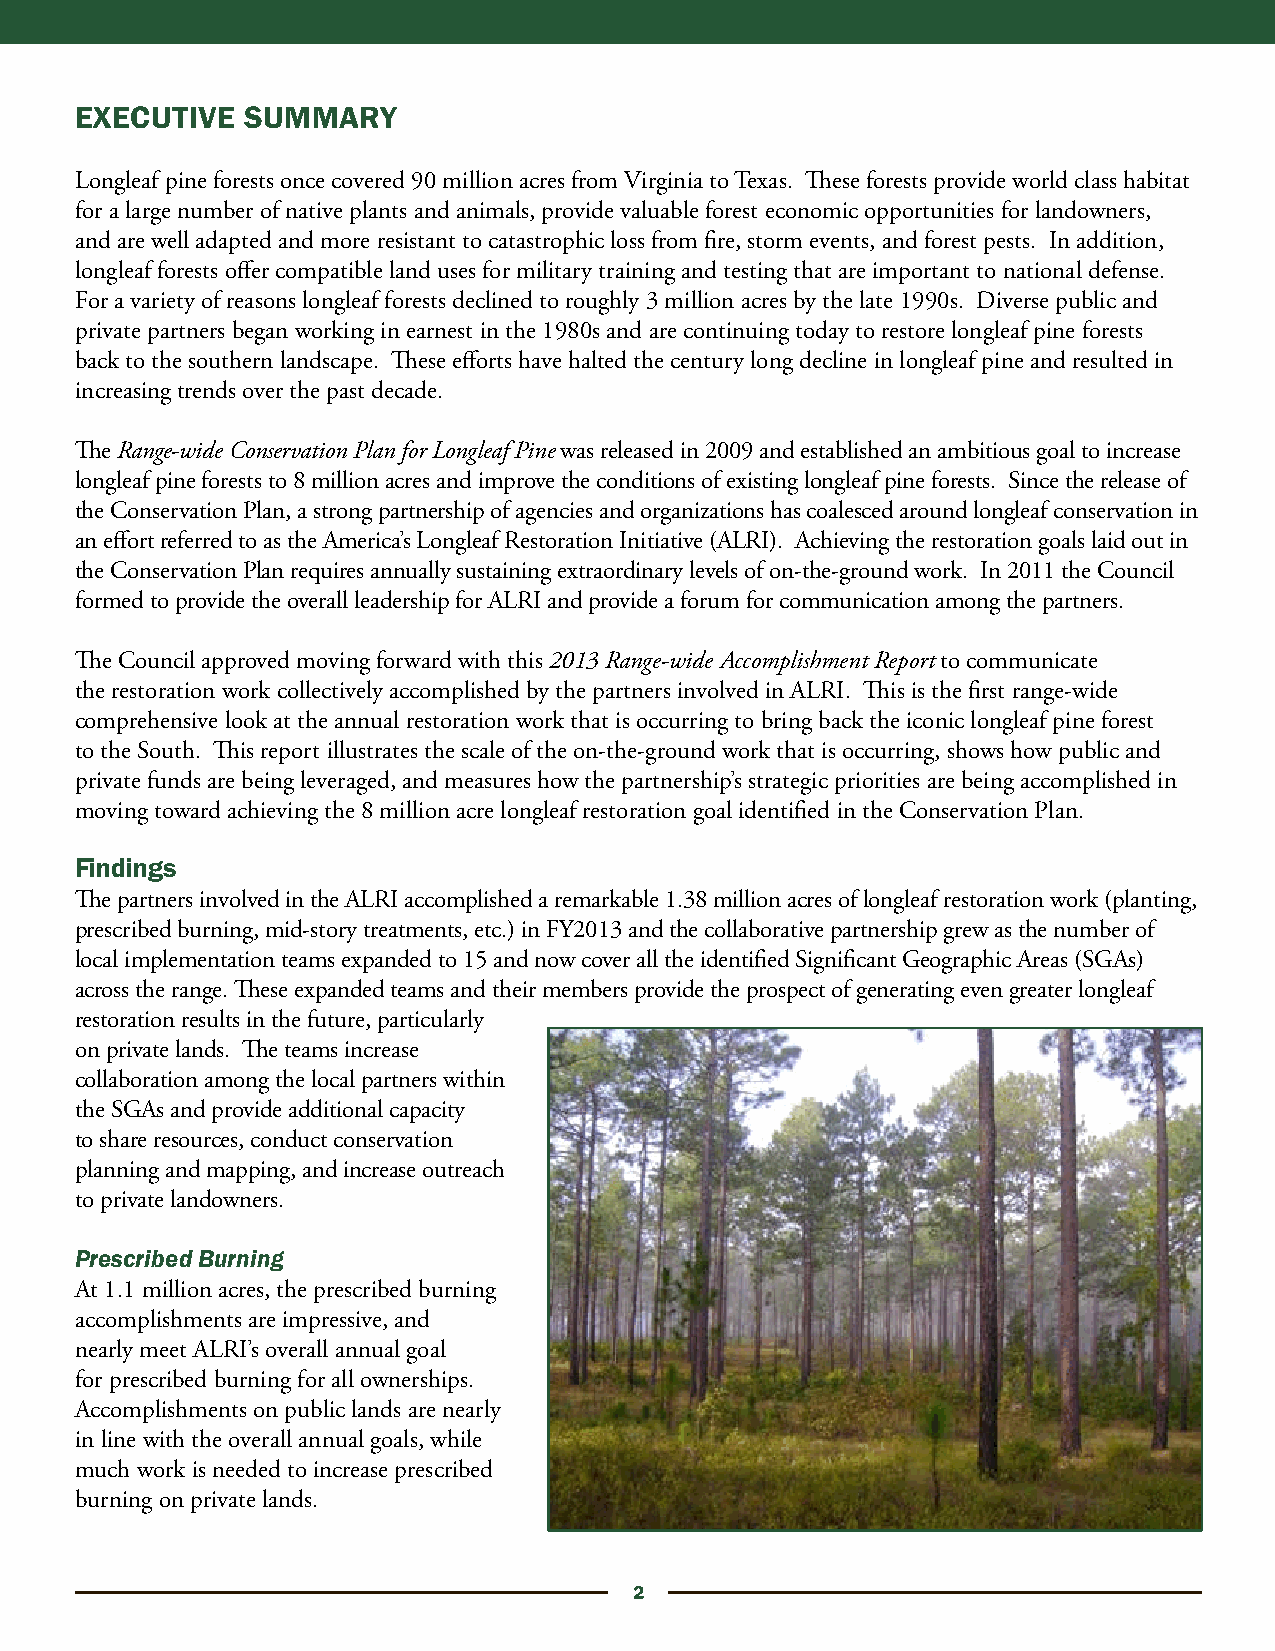
EXECUTIVE  SUMMARY
 Longleaf pine forests once covered 90 million acres from Virginia to Texas. These forests provide world class habitat
 for a large number of native plants and animals, provide valuable forest economic opportunities for landowners,
 and are well adapted and more resistant to catastrophic loss from fire, storm events, and forest pests. In addition,
 longleaf forests offer compatible land uses for military training and testing that are important to national defense.
 For a variety of reasons longleaf forests declined to roughly 3 million acres by the late 1990s. Diverse public and
 private partners began working in earnest in the 1980s and are continuing today to restore longleaf pine forests
 back to the southern landscape. These efforts have halted the century long decline in longleaf pine and resulted in
 increasing trends over the past decade.
 The Range-wide Conservation Plan for Longleaf Pine was released in 2009 and established an ambitious goal to increase
 longleaf pine forests to 8 million acres and improve the conditions of existing longleaf pine forests. Since the release of
 the Conservation Plan, a strong partnership of agencies and organizations has coalesced around longleaf conservation in
 an effort referred to as the America’s Longleaf Restoration Initiative (ALRI). Achieving the restoration goals laid out in
 the Conservation Plan requires annually sustaining extraordinary levels of on-the-ground work. In 2011 the Council
 formed to provide the overall leadership for ALRI and provide a forum for communication among the partners.
 The Council approved moving forward with this 2013 Range-wide Accomplishment Report to communicate
 the restoration work collectively accomplished by the partners involved in ALRI. This is the first range-wide
 comprehensive look at the annual restoration work that is occurring to bring back the iconic longleaf pine forest
 to the South. This report illustrates the scale of the on-the-ground work that is occurring, shows how public and
 private funds are being leveraged, and measures how the partnership’s strategic priorities are being accomplished in
 moving toward achieving the 8 million acre longleaf restoration goal identified in the Conservation Plan.
 Findings
 The partners involved in the ALRI accomplished a remarkable 1.38 million acres of longleaf restoration work (planting,
 prescribed burning, mid-story treatments, etc.) in FY2013 and the collaborative partnership grew as the number of
 local implementation teams expanded to 15 and now cover all the identified Significant Geographic Areas (SGAs)
 across the range. These expanded teams and their members provide the prospect of generating even greater longleaf
 restoration results in the future, particularly
 on private lands. The teams increase
 collaboration among the local partners within
 the SGAs and provide additional capacity
 to share resources, conduct conservation
 planning and mapping, and increase outreach
 to private landowners.
 Prescribed Burning
 At 1.1 million acres, the prescribed burning
 accomplishments are impressive, and
 nearly meet ALRI’s overall annual goal
 for prescribed burning for all ownerships.
 Accomplishments on public lands are nearly
 in line with the overall annual goals, while
 much work is needed to increase prescribed
 burning on private lands.
 2